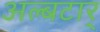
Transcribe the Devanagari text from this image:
अल्बटार्